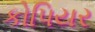
કોપિયર